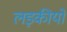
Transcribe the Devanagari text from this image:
लड़कीयों